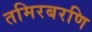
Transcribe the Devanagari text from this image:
तमिरबरणि